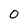
Character: 0